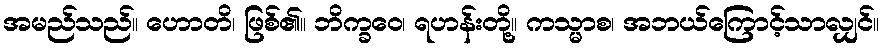
အမည်သည်။ ဟောတိ၊ ဖြစ်၏။ ဘိက္ခဝေ၊ ရဟန်းတို့။ ကသ္မာစ၊ အဘယ်ကြောင့်သာလျှင်။